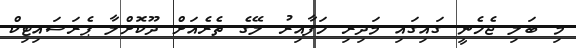
މި ބަލި ޖެހެނީ ގައިގައި މަދިރި ހަފާއިރު ލޭގެ ތެރެއަށް ދޫކޮށްލާ ޕެރަސައިޓިކް